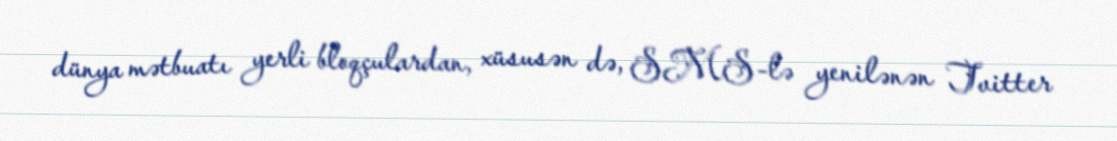
dünya mətbuatı yerli bloqçulardan, xüsusən də, SMS-lə yenilənən Tvitter